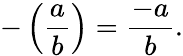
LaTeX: -\left({\frac{a}{b}}\right)={\frac{-a}{b}}.